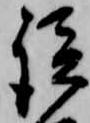
談